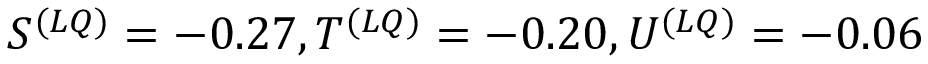
S ^ { ( L Q ) } = - 0 . 2 7 , T ^ { ( L Q ) } = - 0 . 2 0 , U ^ { ( L Q ) } = - 0 . 0 6